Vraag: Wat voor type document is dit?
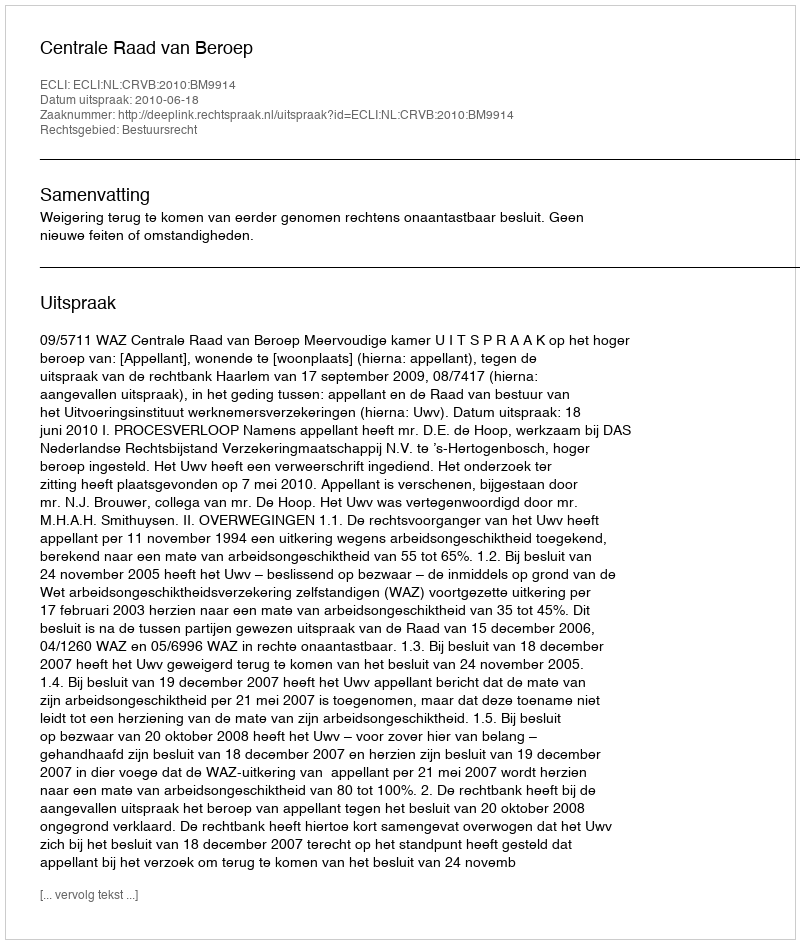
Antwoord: Uitspraak